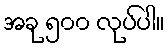
အခု ၅၀၀ လုပ်ပါ။